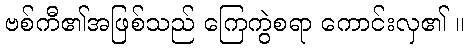
ဗစ်ကီ၏အဖြစ်သည် ကြေကွဲစရာ ကောင်းလှ၏ ။